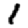
Digit: 1